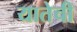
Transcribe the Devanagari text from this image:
यातेची